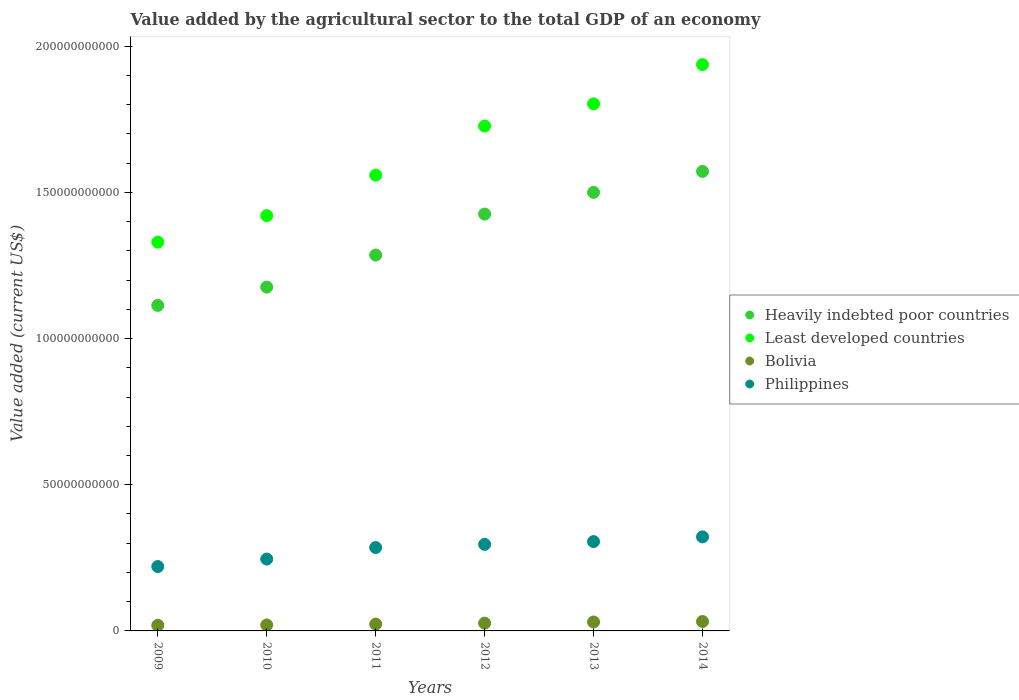
| Years | Heavily indebted poor countries | Least developed countries | Bolivia | Philippines |
 | --- | --- | --- | --- | --- |
 | 2009 | 1.11e+11 | 1.33e+11 | 1.93e+09 | 2.2e+10 |
 | 2010 | 1.18e+11 | 1.42e+11 | 2.04e+09 | 2.46e+10 |
 | 2011 | 1.29e+11 | 1.56e+11 | 2.34e+09 | 2.85e+10 |
 | 2012 | 1.43e+11 | 1.73e+11 | 2.66e+09 | 2.96e+10 |
 | 2013 | 1.5e+11 | 1.8e+11 | 3.06e+09 | 3.06e+10 |
 | 2014 | 1.57e+11 | 1.94e+11 | 3.21e+09 | 3.22e+10 |